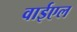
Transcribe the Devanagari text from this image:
वाईएल